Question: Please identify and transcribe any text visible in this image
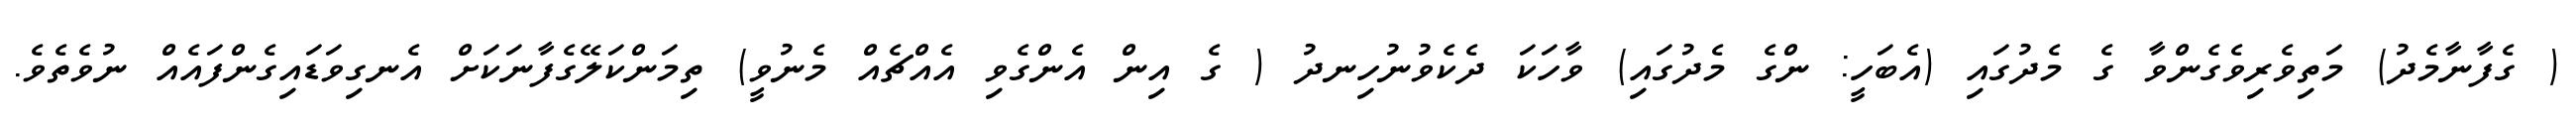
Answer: ( ގެފާނާމެދު) މަތިވެރިވެގެންވާ ގެ މެދުގައި (އެބަހީ: ންގެ މެދުގައި) ވާހަކަ ދެކެވުނުހިނދު ( ގެ އިން އެންގެވި އެއްޗެއް މެނުވީ) ތިމަންކަލޭގެފާނަކަށް އެނގިވަޑައިގެންފައެއް ނުވެތެވެ.